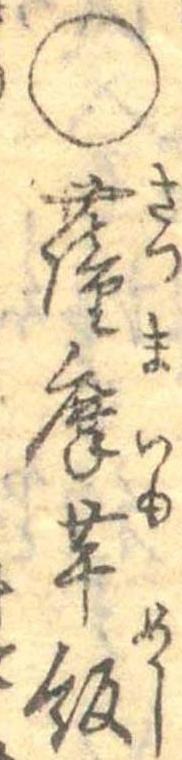
○薩摩芋飯